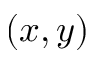
( x , y )